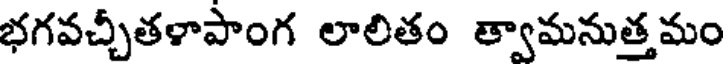
భగవచ్చీతళాపాంగ లాలితం త్వామనుత్తమం